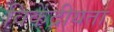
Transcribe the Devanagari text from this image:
विकेंद्रीयता